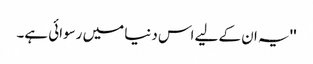
''یہ ان کے لیے اس دنیا میں رسوائی ہے۔